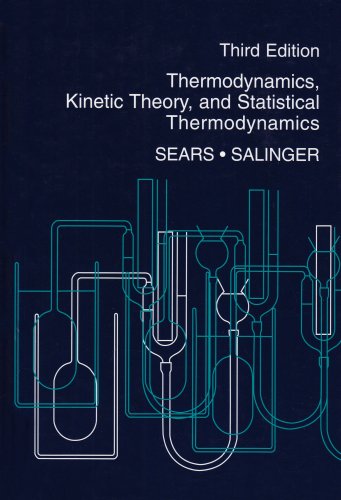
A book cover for Thermodynamics, Kinetic Theory, and Statistical Thermodynamics (3rd Edition); Francis W. Sears; Science & Math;